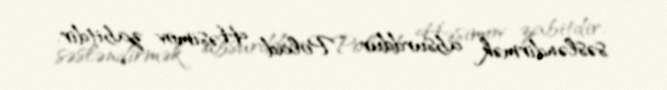
səsləndirmək absurddur: “Polad Həşimov zabitdir.